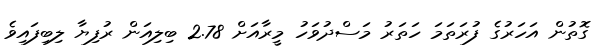
ގޮތުން އަހަރުގެ ފުރަތަމަ ހަތަރު މަސްދުވަހު މީރާއަށް 2.78 ބިލިއަން ރުފިޔާ ލިބިފައިވެެ